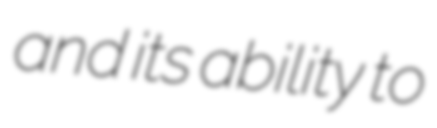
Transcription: and its ability to